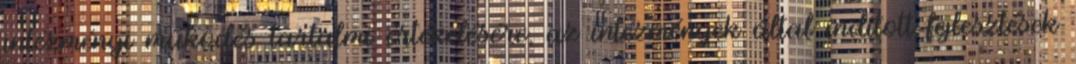
intézményi működés tartalmi értékelésére, az intézmények által indított fejlesztések